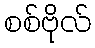
စစ်ဗိုလ်